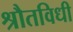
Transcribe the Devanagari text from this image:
श्रौतविधी